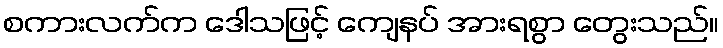
စကားလက်က ဒေါသဖြင့် ကျေနပ် အားရစွာ တွေးသည်။